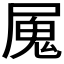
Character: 𭕩